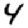
Digit: 4